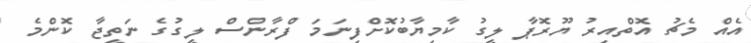
އެއް މެޗު އޮތްއިރު ޔޫރޮޕާ ލީގު ކާމިޔާބުކޮށްފިނަމަ ފްރާންސް ލީގުގެ ނަތީޖާ ކޮންމެ